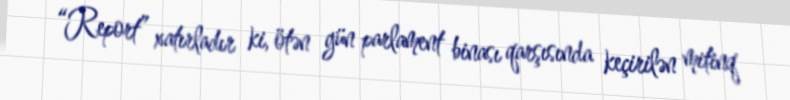
“Report” xatırladır ki, ötən gün parlament binası qarşısında keçirilən mitinq